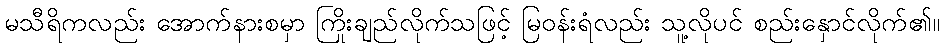
မသီရိကလည်း အောက်နားစမှာ ကြိုးချည်လိုက်သဖြင့် မြဝန်းရံလည်း သူ့လိုပင် စည်းနှောင်လိုက်၏။